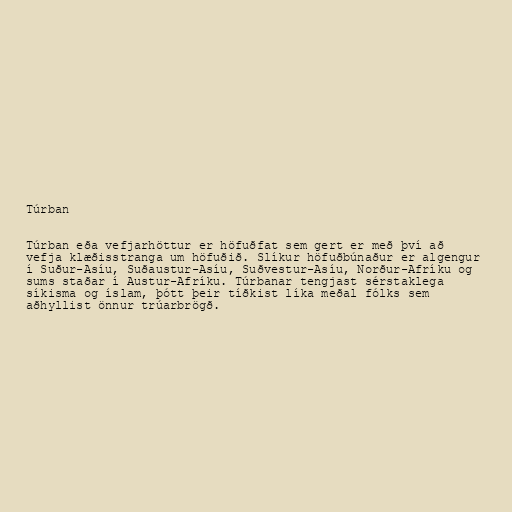
Túrban

Túrban eða vefjarhöttur er höfuðfat sem gert er með því að
vefja klæðisstranga um höfuðið. Slíkur höfuðbúnaður er algengur
í Suður-Asíu, Suðaustur-Asíu, Suðvestur-Asíu, Norður-Afríku og
sums staðar í Austur-Afríku. Túrbanar tengjast sérstaklega
síkisma og íslam, þótt þeir tíðkist líka meðal fólks sem
aðhyllist önnur trúarbrögð.